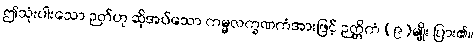
ဤသုံးပါးသော ဉတ်ဟု ဆိုအပ်သော ကမ္မလက္ခဏကံအားဖြင့် ဉတ္တိကံ (၉)မျိုး ပြား၏။